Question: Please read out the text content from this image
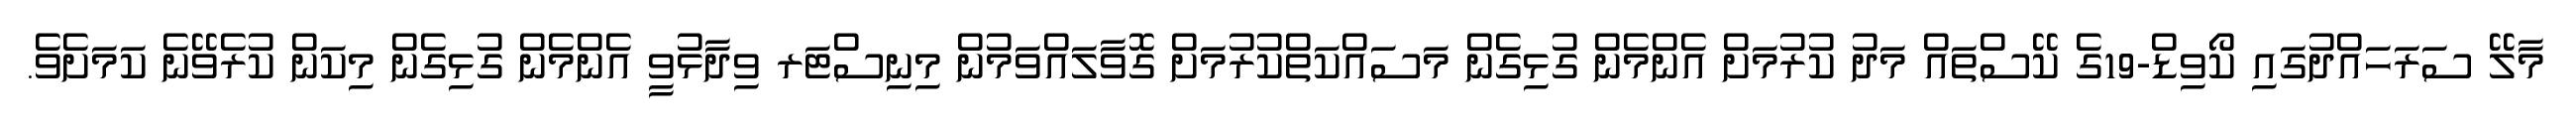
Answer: މާލޭ ސަރަހައްދުގައި ކޯވިޑް-19ގެ ކޭސްތައް މަދު ކުރުމަށް އެންމެން ގުޅިގެން މަސައްކަތްކުރުމަށް ގޮވާލައްވަމުން މިނިސްޓަރ ވިދާޅުވީ އެންމެން ގުޅިގެން މިކަން ކުރެވޭނެ ކަމަށެވެ.